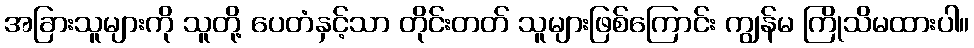
အခြားသူများကို သူတို့ ပေတံနှင့်သာ တိုင်းတတ် သူများဖြစ်ကြောင်း ကျွန်မ ကြိုသိမထားပါ။